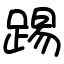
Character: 踢